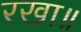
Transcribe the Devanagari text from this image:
रखा॥